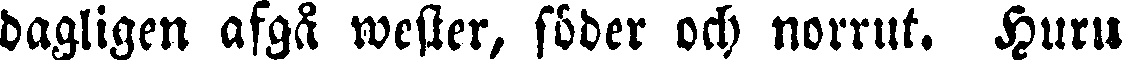
dagligen afgå wester, söder och norrut. Huru